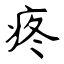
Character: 疼